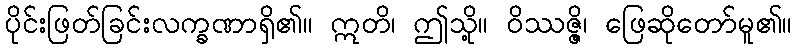
ပိုင်းဖြတ်ခြင်းလက္ခဏာရှိ၏။ ဣတိ၊ ဤသို့။ ဝိဿဇ္ဇိ၊ ဖြေဆိုတော်မူ၏။